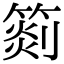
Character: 𥰨